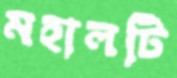
মহালটি